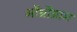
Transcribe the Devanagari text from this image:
ऑर्थ्रोग्राम